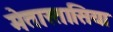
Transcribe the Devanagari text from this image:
मेतास्तासिया